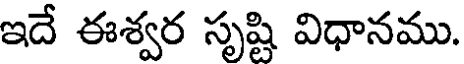
ఇదే ఈశ్వర సృష్టి విధానము.